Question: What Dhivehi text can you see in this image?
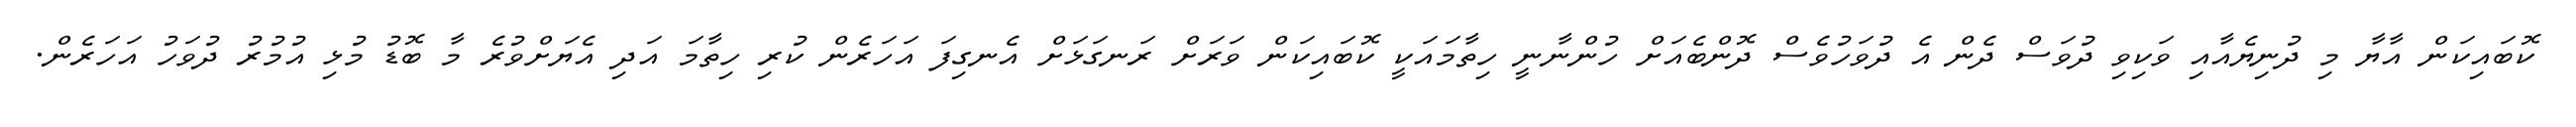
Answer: ކޮބައިކަން އާޔާ މި ދުނިޔެއާއި ވަކިވި ދުވަސް ދެން އެ ދުވަހުވެސް ދޮންބެއަށް ހުންނާނީ ހިތާމައަކީ ކޮބައިކަން ވަރަށް ރަނގަޅަށް އެނގިފަ އަހަރެން ކުރި ހިތާމަ އަދި އެޔަށްވުރެ މާ ބޮޑު މުޅި އުމުރު ދުވަހު އަހަރެން.